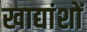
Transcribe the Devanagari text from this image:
खाद्यांशों